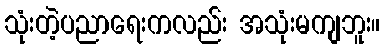
သုံးတဲ့ပညာရေးကလည်း အသုံးမကျဘူး။